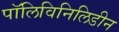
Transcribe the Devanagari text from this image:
पॉलिविनिलिडीन